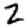
Digit: 2